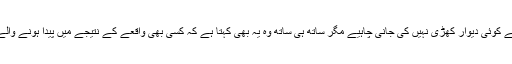
ان کا انتہائی مشتعل ہونا بجا ہے اور ان کے غصے کے سامنے کوئی دیوار کھڑی نہیں کی جانی چاہیے مگر ساتھ ہی ساتھ وہ یہ بھی کہتا ہے کہ کسی بھی واقعے کے نتیجے میں پیدا ہونے والے شدید اشتعال کو تخلیقی طور پر بھی استعمال کیا جاسکتا ہے۔